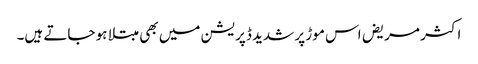
اکثر مریض اس موڑ پر شدید ڈپریشن میں بھی مبتلا ہو جاتے ہیں۔